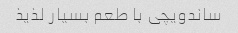
ساندویچی با طعم بسیار لذیذ